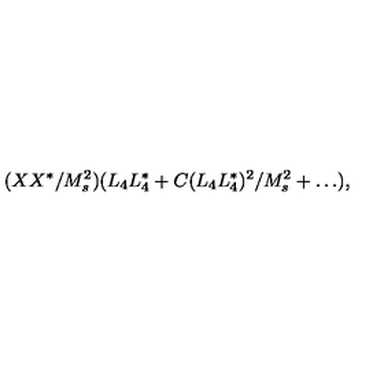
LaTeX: ( X X ^ { * } / M _ { s } ^ { 2 } ) ( L _ { 4 } L _ { 4 } ^ { * } + C ( L _ { 4 } L _ { 4 } ^ { * } ) ^ { 2 } / M _ { s } ^ { 2 } + \dots ) ,